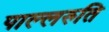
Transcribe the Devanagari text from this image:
पाल्लरुति